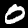
Digit: 0